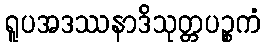
ရူပအဒဿနာဒိသုတ္တပဉ္စကံ